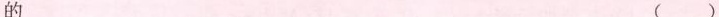
的 ()